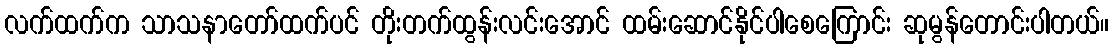
လက်ထက်က သာသနာတော်ထက်ပင် တိုးတက်ထွန်းလင်းအောင် ထမ်းဆောင်နိုင်ပါစေကြောင်း ဆုမွန်တောင်းပါတယ်။